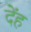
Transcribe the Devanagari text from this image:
देंह